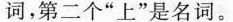
词，第二个”上”是名词。